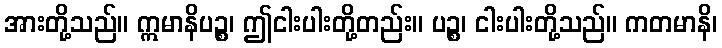
အားတို့သည်။ ဣမာနိပဉ္စ၊ ဤငါးပါးတို့တည်း။ ပဉ္စ၊ ငါးပါးတို့သည်။ ကတမာနိ၊